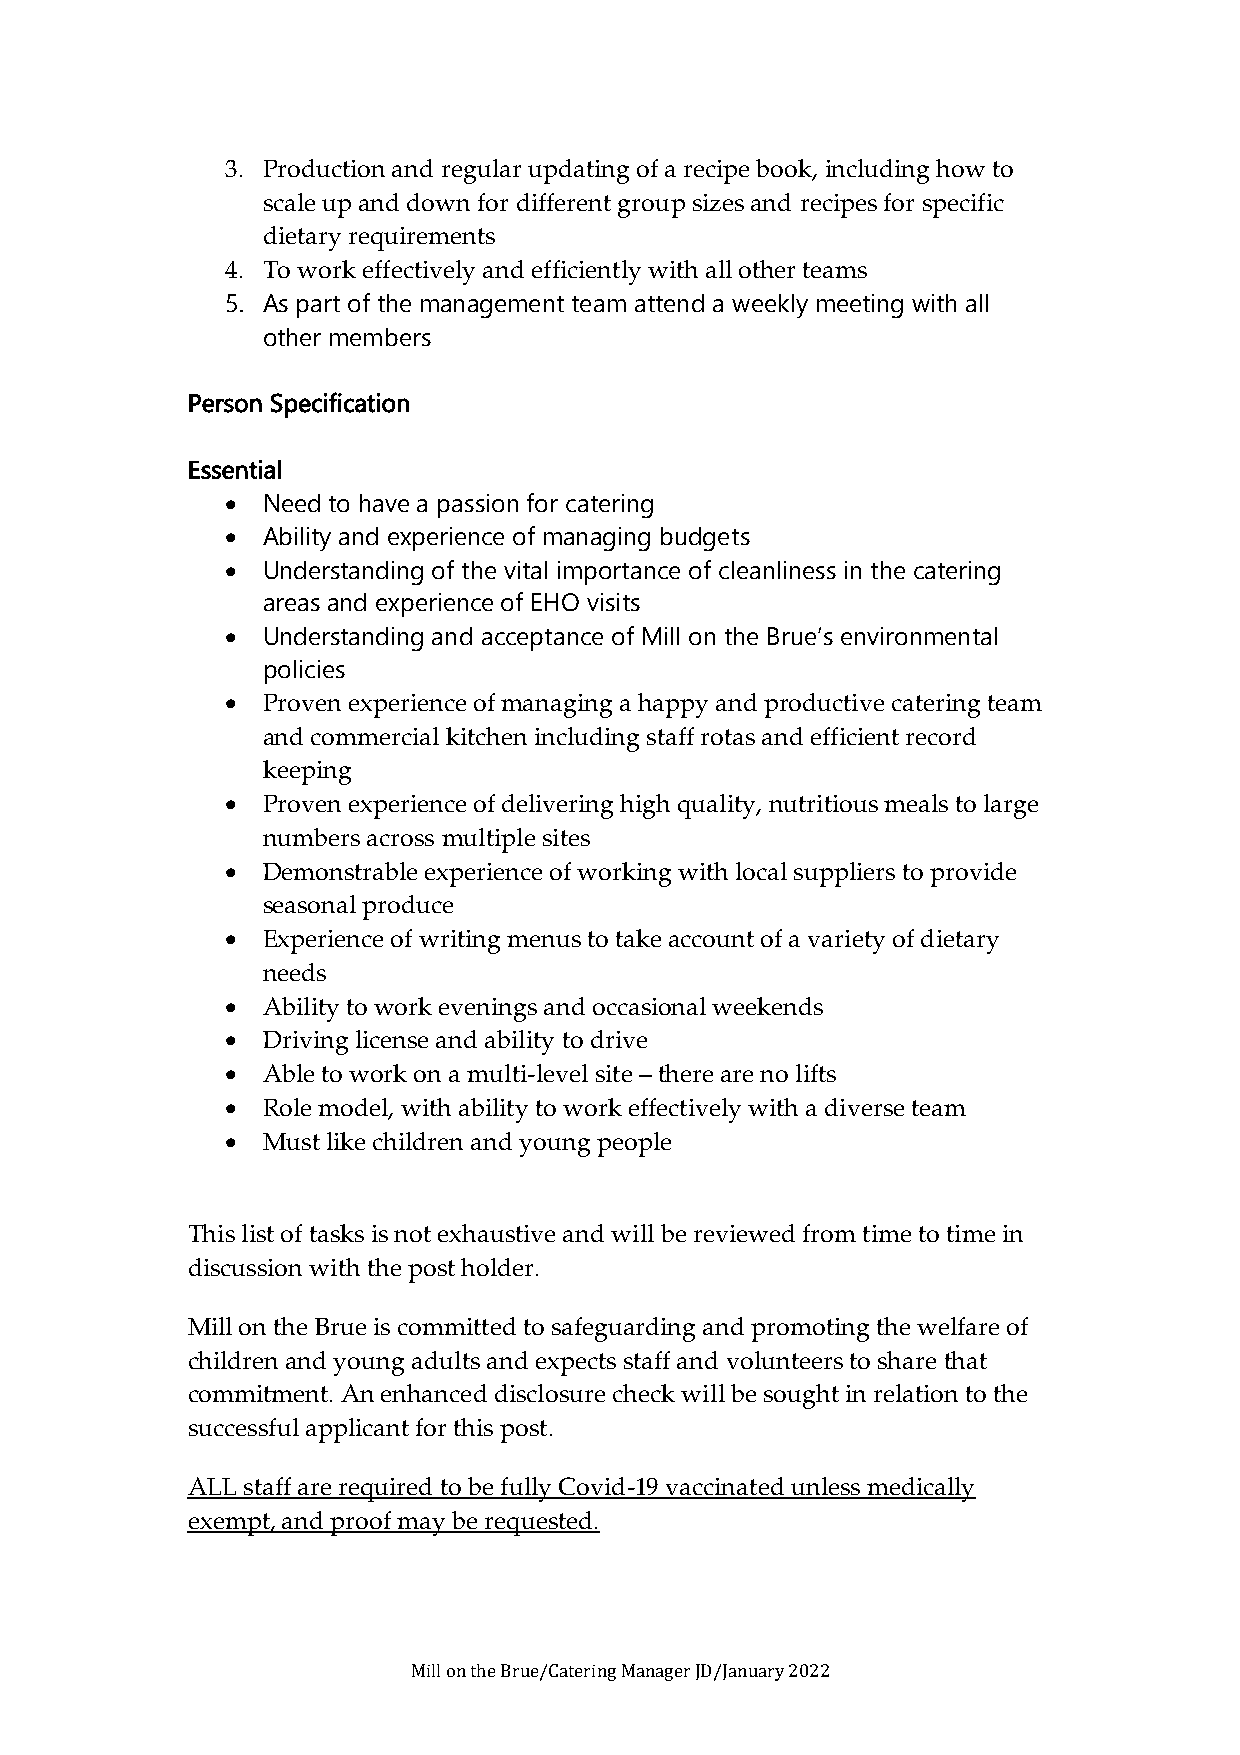
3. Production and regular updating of a recipe book, including how to
 scale up and down for different group sizes and recipes for specific
 dietary requirements
 4. To work effectively and efficiently with all other teams
 5. As part of the management team attend a weekly meeting with all
 other members
 Person Specification
 Essential
 • Need to have a passion for catering
 • Ability and experience of managing budgets
 • Understanding of the vital importance of cleanliness in the catering
 areas and experience of EHO visits
 • Understanding and acceptance of Mill on the Brue’s environmental
 policies
 • Proven experience of managing a happy and productive catering team
 and commercial kitchen including staff rotas and efficient record
 keeping
 • Proven experience of delivering high quality, nutritious meals to large
 numbers across multiple sites
 • Demonstrable experience of working with local suppliers to provide
 seasonal produce
 • Experience of writing menus to take account of a variety of dietary
 needs
 • Ability to work evenings and occasional weekends
 • Driving license and ability to drive
 • Able to work on a multi-level site – there are no lifts
 • Role model, with ability to work effectively with a diverse team
 • Must like children and young people
 This list of tasks is not exhaustive and will be reviewed from time to time in
 discussion with the post holder.
 Mill on the Brue is committed to safeguarding and promoting the welfare of
 children and young adults and expects staff and volunteers to share that
 commitment. An enhanced disclosure check will be sought in relation to the
 successful applicant for this post.
 ALL staff are required to be fully Covid-19 vaccinated unless medically
 exempt, and proof may be requested.
 Mill on the Brue/Catering Manager JD/January 2022